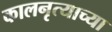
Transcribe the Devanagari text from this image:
कालनृत्याच्या